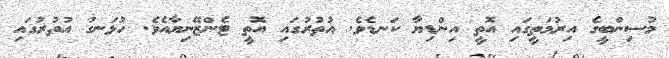
މުސިންބީގެ އިރުމަތީގައި އޮތީ އިންޑިޔާ ކަނޑެވެ. އުތުރުގައި އޮތީ ޓެންޒޭނިޔާއެވެ. ހުޅަނގު އުތުރުގައި